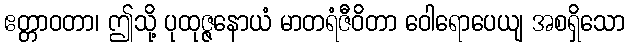
ဧတ္တာဝတာ၊ ဤသို့ ပုထုဇ္ဇနောယံ မာတရံဇီဝိတာ ဝေါရောပေယျ အစရှိသော